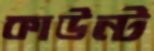
কাউন্ট